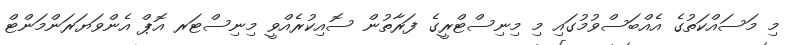
މި މަސައްކަތުގެ އެއްބަސްވުމުގައި މި މިނިސްޓްރީގެ ފަރާތުން ސޮއިކުރެއްވީ މިނިސްޓަރ އޮޕް އެންވަޔަރަންމަންޓް